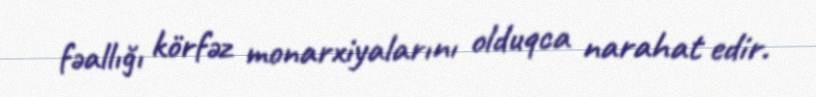
fəallığı körfəz monarxiyalarını olduqca narahat edir.